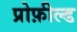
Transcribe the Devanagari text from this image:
प्रोफ़ील्ड